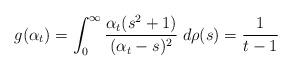
LaTeX: \begin{align*} g(\alpha_t)=\int_0^\infty\frac{\alpha_t(s^2+1)}{(\alpha_t-s)^2}\;d\rho(s)=\frac{1}{t-1}\end{align*}